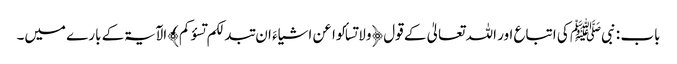
باب : نبیﷺ کی اتباع اور اللہ تعالیٰ کے قول ﴿ولا تسألوا عن اشیاءَ ان تبدلکم تسؤکم﴾ الآیۃکے بارے میں۔